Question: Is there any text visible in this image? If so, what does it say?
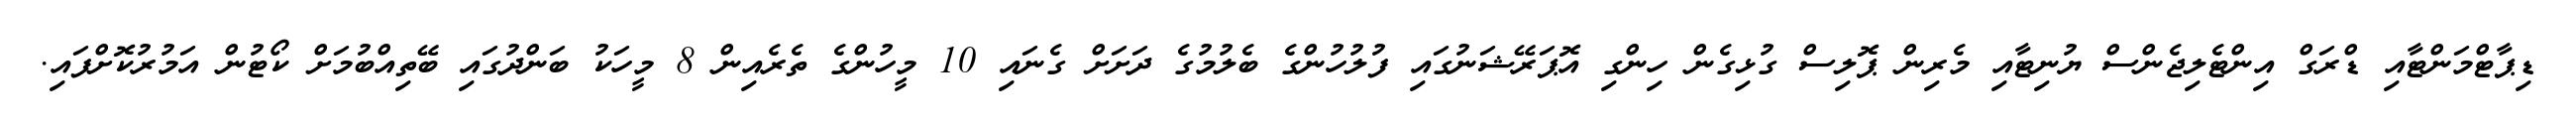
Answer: ޑިޕާޓްމަންޓާއި ޑްރަގް އިންޓެލިޖެންސް ޔުނިޓާއި މެރިން ޕޮލިސް ގުޅިގެން ހިންގި އޮޕަރޭޝަނުގައި ފުލުހުންގެ ބެލުމުގެ ދަށަށް ގެނައި 10 މީހުންގެ ތެރެއިން 8 މީހަކު ބަންދުގައި ބޭތިއްބުމަށް ކޯޓުން އަމުރުކޮށްފައި.